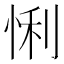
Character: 悧